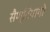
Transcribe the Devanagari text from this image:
सैण्टियागो